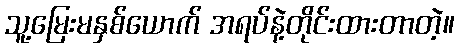
သူ့မြေးမနှစ်ယောက် အရပ်နဲ့တိုင်းထားတာတဲ့။